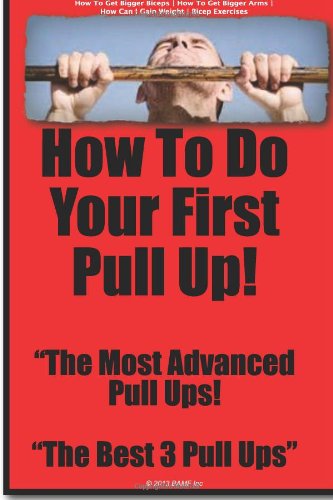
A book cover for How To Do Your First Pull Up | Pull Ups | Big Biceps | How To Get Bigger Arms; Jean Stone; Health, Fitness & Dieting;